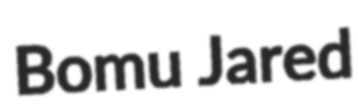
Bomu Jared